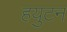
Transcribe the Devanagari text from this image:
हयुटन